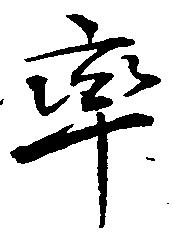
率